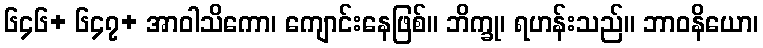
၆၄၆+ ၆၄၇+ အာဝါသိကော၊ ကျောင်းနေဖြစ်။ ဘိက္ခု၊ ရဟန်းသည်။ ဘာဝနိယော၊